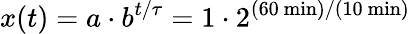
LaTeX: x(t)=a\cdot b^{t/\tau}=1\cdot 2^{(60{\mathrm{~min}})/(10{\mathrm{~min}})}